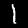
Digit: 1